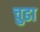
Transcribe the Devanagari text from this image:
चुढा